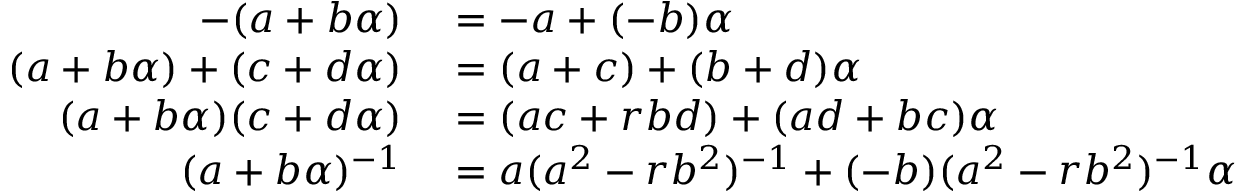
\begin{array} { r l } { - ( a + b \alpha ) } & { { } = - a + ( - b ) \alpha } \\ { ( a + b \alpha ) + ( c + d \alpha ) } & { { } = ( a + c ) + ( b + d ) \alpha } \\ { ( a + b \alpha ) ( c + d \alpha ) } & { { } = ( a c + r b d ) + ( a d + b c ) \alpha } \\ { ( a + b \alpha ) ^ { - 1 } } & { { } = a ( a ^ { 2 } - r b ^ { 2 } ) ^ { - 1 } + ( - b ) ( a ^ { 2 } - r b ^ { 2 } ) ^ { - 1 } \alpha } \end{array}